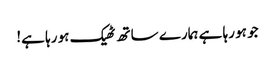
جو ہو رہا ہے ہمارے ساتھ ٹھیک ہو رہا ہے!